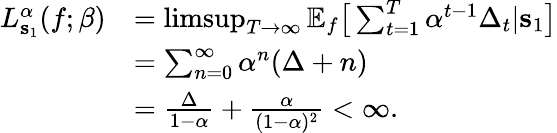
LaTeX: \begin{array}{rl}{L_{\mathbf{s}_{1}}^{\alpha}(f;\beta)}&{=\operatorname*{limsup}_{T\rightarrow\infty}\mathbb{E}_{f}\big[\sum_{t=1}^{T}\alpha^{t-1}\Delta_{t}|\mathbf{s}_{1}\big]}\\ &{=\sum_{n=0}^{\infty}\alpha^{n}(\Delta+n)}\\ &{=\frac{\Delta}{1-\alpha}+\frac{\alpha}{(1-\alpha)^{2}}<\infty.}\end{array}